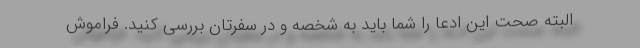
البته صحت این ادعا را شما باید به شخصه و در سفرتان بررسی کنید. فراموش